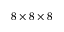
8 \times 8 \times 8